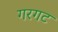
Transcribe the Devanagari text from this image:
गरगट